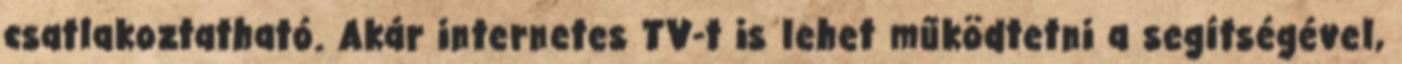
csatlakoztatható. Akár internetes TV-t is lehet működtetni a segítségével,